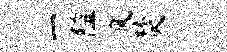
一隘风焚